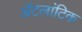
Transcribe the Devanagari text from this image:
ॲटलांटिक